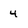
Character: 4